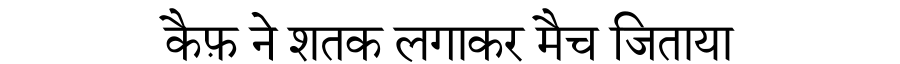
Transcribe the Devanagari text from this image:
कैफ़ ने शतक लगाकर मैच जिताया